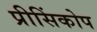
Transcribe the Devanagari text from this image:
प्रीसिंकोप